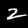
Label: 2